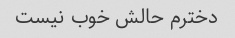
دخترم حالش خوب نیست